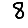
Digit: 8